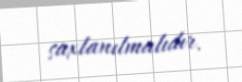
saxlanılmalıdır.